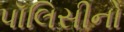
પૉલિસીનો